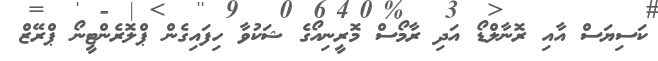
ކަސިޔަސް އާއި ރޮނާލްޑޯ އަދި ރާމޯސް މޮރީނިއޯގެ ޝަކުވާ ހިފައިގެން ޕްލޮރެންޓީނޯ ޕްރޭޒް